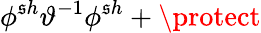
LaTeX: \phi^{\mathfrak{s}h}\vartheta^{-1}\phi^{\mathfrak{s}h}+\protect